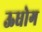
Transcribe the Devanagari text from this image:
ऊधोग